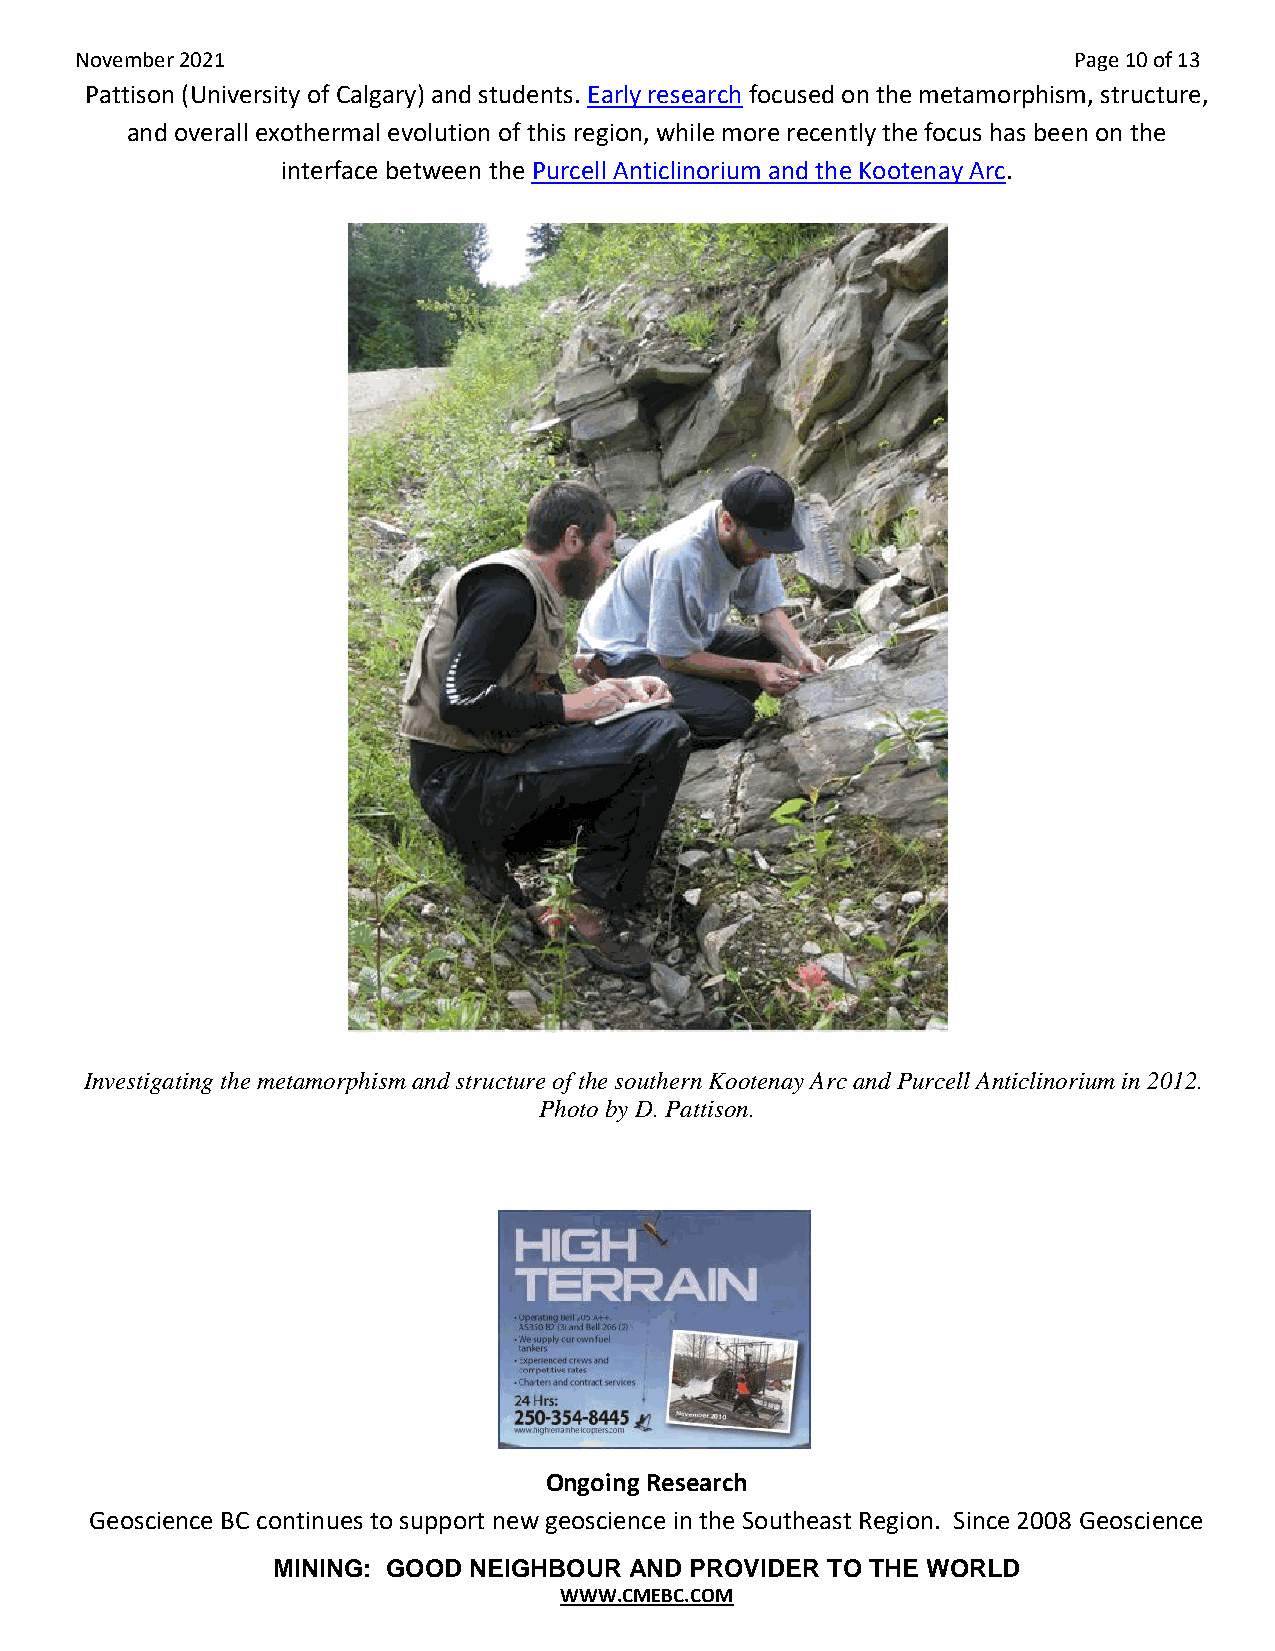
November 2021                                                     Page 10 of 13
 Pattison (University of Calgary) and students. Early research focused on the metamorphism, structure,
 and overall exothermal evolution of this region, while more recently the focus has been on the
 interface between the Purcell Anticlinorium and the Kootenay Arc.
 Investigating the metamorphism and structure of the southern Kootenay Arc and Purcell Anticlinorium in 2012.
 Photo by D. Pattison.
 Ongoing Research
 Geoscience BC continues to support new geoscience in the Southeast Region. Since 2008 Geoscience
 MINING: GOOD NEIGHBOUR  AND PROVIDER TO THE WORLD
 WWW.CMEBC.COM